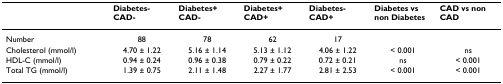
|  | Diabetes- CAD- | Diabetes+ CAD- | Diabetes+ CAD+ | Diabetes- CAD+ | Diabetes vs non Diabetes | CAD vs non CAD |
 | --- | --- | --- | --- | --- | --- | --- |
 | Number | 88 | 78 | 62 | 17 |  |  |
 | Cholesterol (mmol/l) | 4.70 ± 1.22 | 5.16 ± 1.14 | 5.13 ± 1.12 | 4.06 ± 1.22 | < 0.001 | ns |
 | HDL-C (mmol/l) | 0.94 ± 0.24 | 0.96 ± 0.38 | 0.79 ± 0.22 | 0.72 ± 0.21 | ns | < 0.001 |
 | Total TG (mmol/l) | 1.39 ± 0.75 | 2.11 ± 1.48 | 2.27 ± 1.77 | 2.81 ± 2.53 | < 0.001 | < 0.001 |